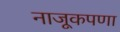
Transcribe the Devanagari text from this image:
नाजूकपणा